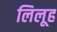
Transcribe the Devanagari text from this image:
लिलूह